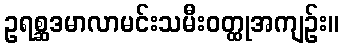
ဥရစ္ဆဒမာလာမင်းသမီးဝတ္ထုအကျဉ်း။